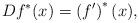
LaTeX: \begin{align*}Df^{\ast }(x)=\left( f^{\prime }\right) ^{\ast }(x), \end{align*}